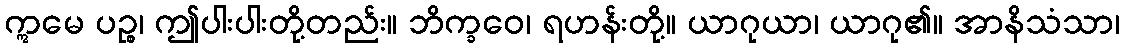
ဣမေ ပဉ္စ၊ ဤပါးပါးတို့တည်း။ ဘိက္ခဝေ၊ ရဟန်းတို့။ ယာဂုယာ၊ ယာဂု၏။ အာနိသံသာ၊